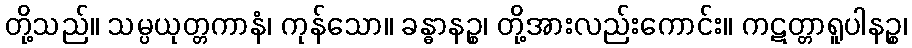
တို့သည်။ သမ္ပယုတ္တကာနံ၊ ကုန်သော။ ခန္ဓာနဉ္စ၊ တို့အားလည်းကောင်း။ ကဋတ္တာရူပါနဉ္စ၊